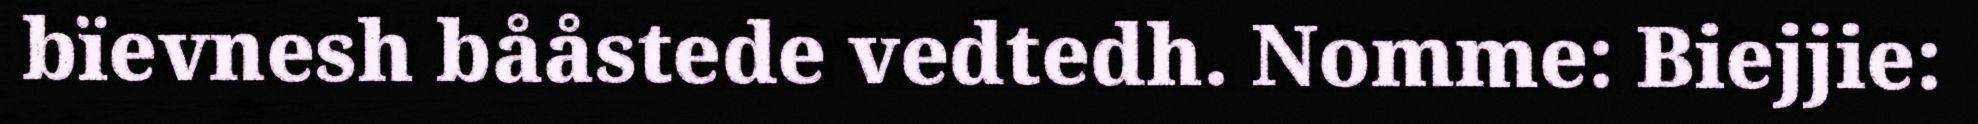
bïevnesh bååstede vedtedh. Nomme: Biejjie: